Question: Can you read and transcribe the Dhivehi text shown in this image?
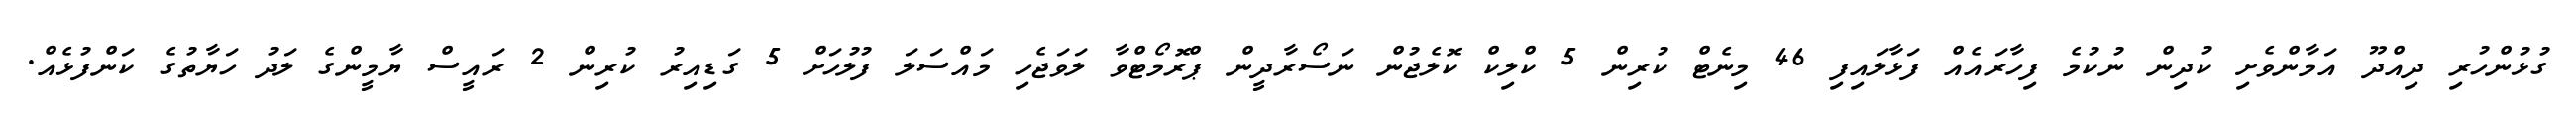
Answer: ގުޅުންހުރި ދިއްދޫ އަމާންވެށި ކުދިން ނުކުމެ ފިހާރައެއް ފަޅާލައިފި 46 މިނެޓް ކުރިން 5 ކްލިކް ކޮލެޖުން ނަސޯރާދީން ޕްރޮމޯޓްވާ ލަވަޖެހި މައްސަލަ ފުލުހަށް 5 ގަޑިއިރު ކުރިން 2 ރައީސް ޔާމީންގެ ލަދު ހަޔާތުގެ ކަންފުޅެއް.